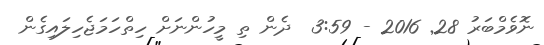
ނޮވެމްބަރު 28